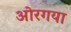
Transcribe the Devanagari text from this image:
ओरगया